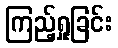
ကြည့်ရှုခြင်း